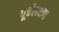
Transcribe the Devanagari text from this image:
पूर्वलक्षण